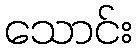
သောင်း